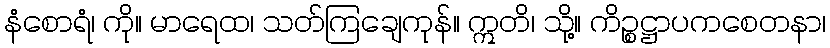
နံစောရံ၊ ကို။ မာရေထ၊ သတ်ကြချေကုန်။ ဣတိ၊ သို့။ ကိဉ္စဋ္ဌာပကစေတနာ၊